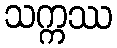
သက္ကဿ